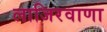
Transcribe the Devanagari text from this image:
लाजिरवाणा